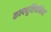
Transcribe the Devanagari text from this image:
कन्फ्यूशियनिस्ट